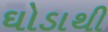
ઘોડાથી